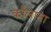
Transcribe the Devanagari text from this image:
कौलाना